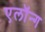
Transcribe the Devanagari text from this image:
एलॉन्ग